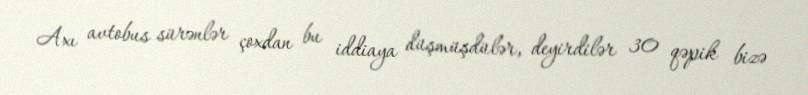
Axı avtobus sürənlər çoxdan bu iddiaya düşmüşdülər, deyirdilər 30 qəpik bizə